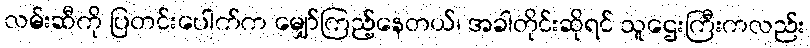
လမ်းဆီကို ပြတင်းပေါက်က မျှော်ကြည့်နေတယ်၊ အခါတိုင်းဆိုရင် သူဌေးကြီးကလည်း